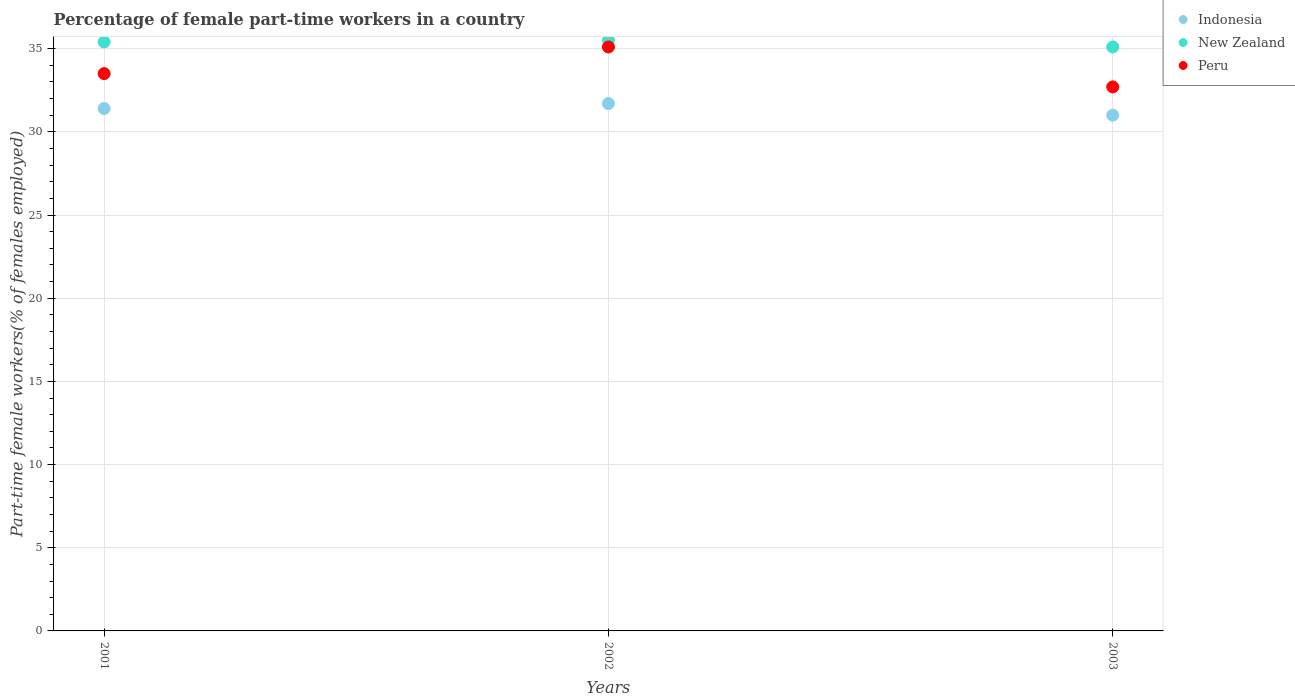
| Years | Indonesia | New Zealand | Peru |
 | --- | --- | --- | --- |
 | 2001 | 31.4 | 35.4 | 33.5 |
 | 2002 | 31.7 | 35.5 | 35.1 |
 | 2003 | 31 | 35.1 | 32.7 |